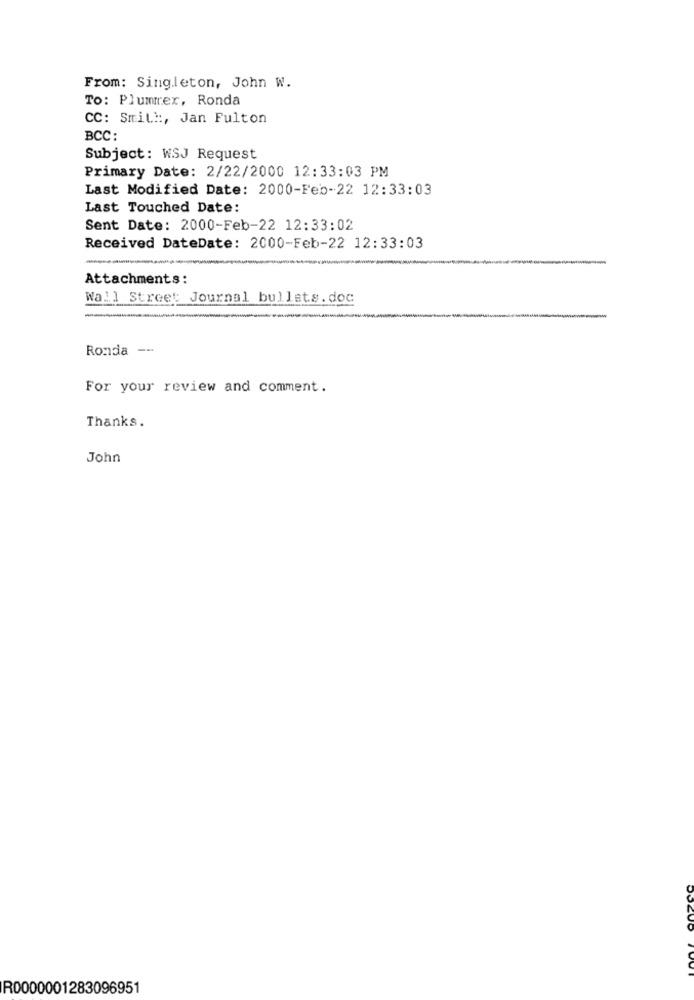
From: Singleton, John W.
TO: Plumrer, Ronda
CC: Smit ::, Jan Fulton
BCC:
Subject: WSJ Request
Primary Date: 2/22/2000 12:33:03 PM
Last Modified Date: 2000-Feb-22 12:33:03
Last Touched Date:
Sent Date: 2000-Feb-22 12:33:02
Received DateDate: 2000-Feb-22 12:33:03
Attachments:
Wall Street Journal bullets. doc
Ronda --
For your review and comment.
Thanks.
John
R0000001283096951